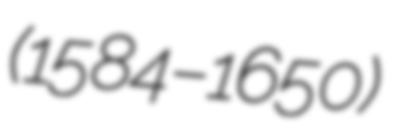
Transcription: (1584–1650)